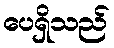
ပေရှိသည်